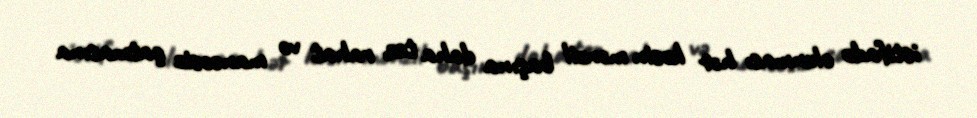
istifadə olunması hər kəsin mənzil başına daha tez, rahat və maneəsiz çatmasına